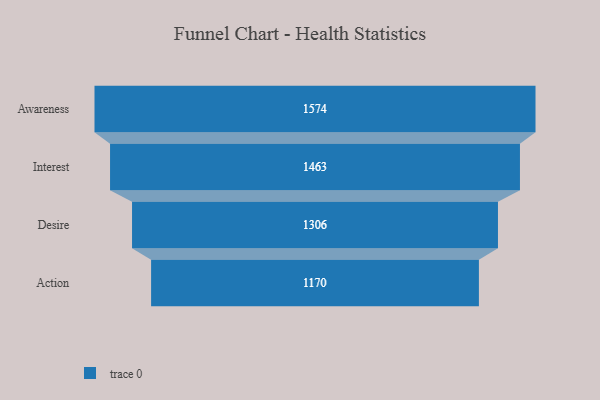
{"axis": {"x": "Stage", "y": "Value"}, "legend": [""], "data": [{"x": "Awareness", "y": 1574.0, "type": ""}, {"x": "Interest", "y": 1463.0, "type": ""}, {"x": "Desire", "y": 1306.0, "type": ""}, {"x": "Action", "y": 1170.0, "type": ""}]}